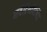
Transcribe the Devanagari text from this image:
सर्वेंद्रियविजिंत